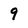
Character: 9